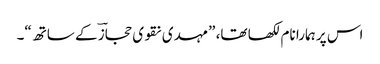
اس پر ہمارا نام لکھا تھا، ”مہدی نقوی حجازؔ کے ساتھ“۔